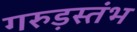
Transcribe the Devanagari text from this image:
गरुड़स्तंभ